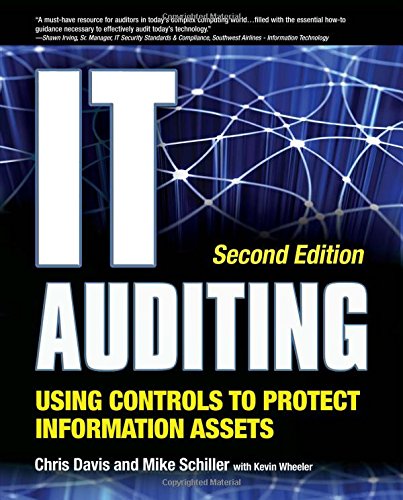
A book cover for IT Auditing Using Controls to Protect Information Assets, 2nd Edition; Chris Davis; Computers & Technology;